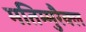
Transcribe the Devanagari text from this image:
मतिम्मुरैक्ल